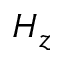
H _ { z }